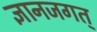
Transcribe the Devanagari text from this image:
ज्ञानजगत्‌